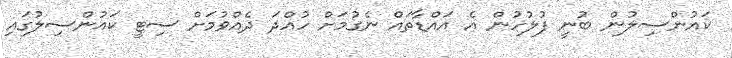
ކައުންސިލުން ބުނީ ފުލުހުން އެ އައްޑާތައް ނެގުމަށް ހުއްދަ ދެއްވުމަށް ސިޓީ ކައުންސިލުގައި